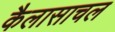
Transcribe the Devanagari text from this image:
कैलासाचल